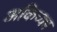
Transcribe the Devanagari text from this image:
अकिच्का